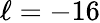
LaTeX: \ell=-16